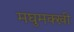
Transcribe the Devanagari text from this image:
मघुमक्खी